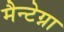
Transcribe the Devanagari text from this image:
मैन्टेग्ना